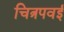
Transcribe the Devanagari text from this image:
चित्रपवई